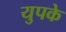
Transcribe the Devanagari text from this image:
युपके